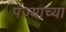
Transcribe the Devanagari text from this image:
पंज्याच्या